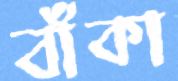
বাঁকা